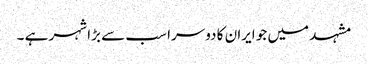
مشہد میں جو ایران کا دوسرا سب سے بڑا شہر ہے ۔